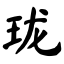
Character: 珑